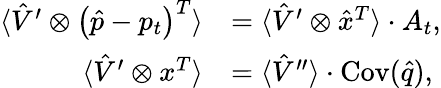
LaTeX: \begin{array}{rl}{\langle\hat{V}^{\prime}\otimes\left(\hat{p}-p_{t}\right)^{T}\rangle}&{=\langle\hat{V}^{\prime}\otimes\hat{x}^{T}\rangle\cdot A_{t},}\\ {\langle\hat{V}^{\prime}\otimes x^{T}\rangle}&{=\langle\hat{V}^{\prime\prime}\rangle\cdot\operatorname{Cov}(\hat{q}),}\end{array}